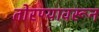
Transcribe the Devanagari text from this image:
तोरण्यावरून